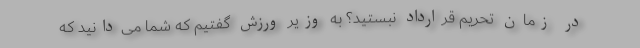
در زمان تحریم قرارداد نبستید؟ به وزیر ورزش گفتیم که شما می‌دانید که